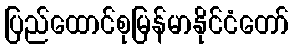
ပြည်ထောင်စုမြန်မာနိုင်ငံတော်